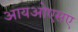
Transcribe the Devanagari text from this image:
आयओएसए